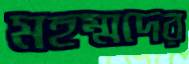
মহম্মদের